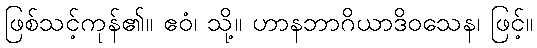
ဖြစ်သင့်ကုန်၏။ ဧဝံ၊ သို့။ ဟာနဘာဂိယာဒိဝသေန၊ ဖြင့်။